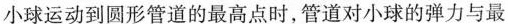
小球运动到圆形管道的最高点时，管道对小球的弹力与最